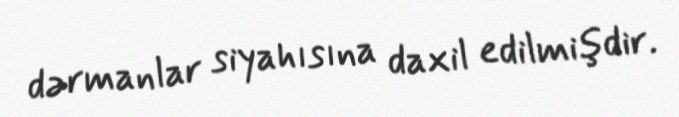
dərmanlar siyahısına daxil edilmişdir.